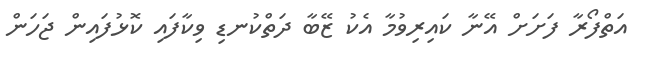
އަތްފޯރާ ފަށަށް އޭނާ ކައިރިވުމާ އެކު ޒޭބާ ދަތްކުނޑި ވިކާފައި ކޮޅުފައިން ޖަހަން